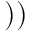
) )